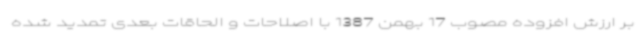
بر ارزش افزوده مصوب 17 بهمن 1387 با اصلاحات و الحاقات بعدی تمدید شده